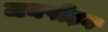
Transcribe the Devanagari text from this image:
जनपीड़न